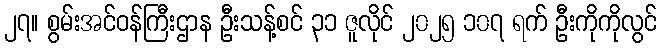
၂၇။ စွမ်းအင်ဝန်ကြီးဌာန ဦးသန့်စင် ၃၁ ဇူလိုင် ၂၀၂၅ ၁၀၇ ရက် ဦးကိုကိုလွင်